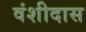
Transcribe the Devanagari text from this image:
वंशीदास